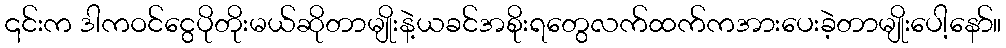
၎င်းက ဒါကဝင်ငွေပိုတိုးမယ်ဆိုတာမျိုးနဲ့ယခင်အစိုးရတွေလက်ထက်ကအားပေးခဲ့တာမျိုးပေါ့နော်။